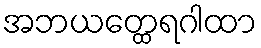
အဘယတ္ထေရဂါထာ